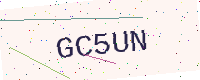
Text: GC5UN